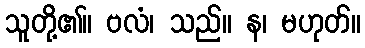
သူတို့၏။ ဗလံ၊ သည်။ န၊ မဟုတ်။